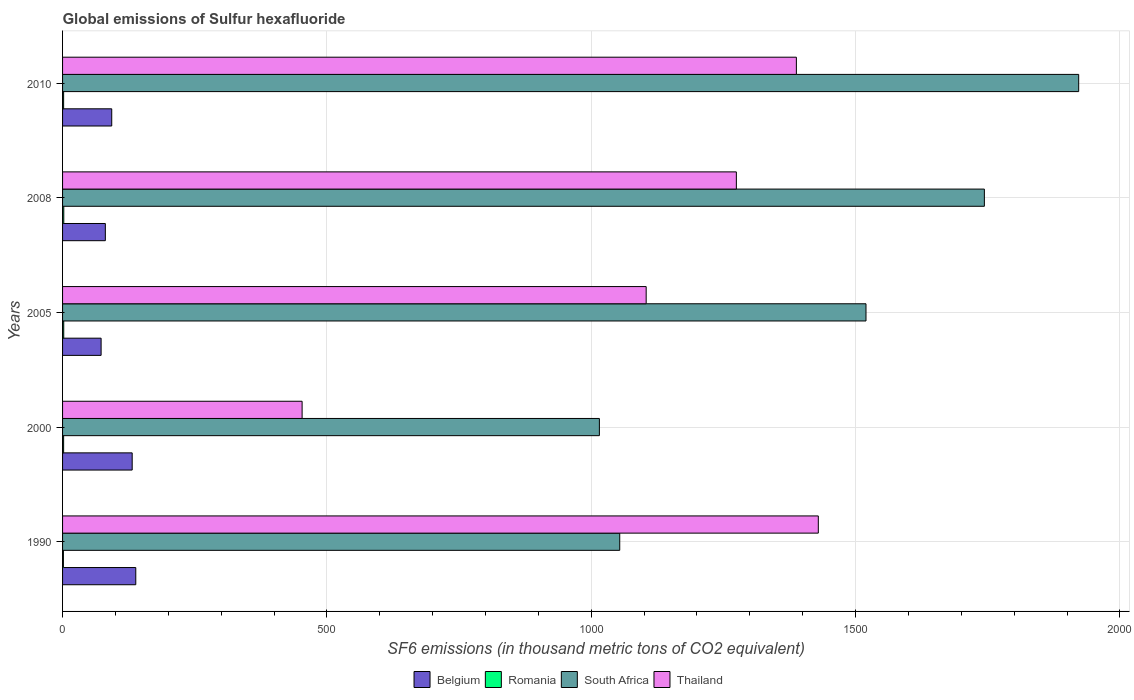
| Years | Belgium | Romania | South Africa | Thailand |
 | --- | --- | --- | --- | --- |
 | 1990 | 138 | 1.6 | 1.05e+03 | 1.43e+03 |
 | 2000 | 132 | 2 | 1.02e+03 | 453 |
 | 2005 | 72.9 | 2.2 | 1.52e+03 | 1.1e+03 |
 | 2008 | 80.9 | 2.3 | 1.74e+03 | 1.27e+03 |
 | 2010 | 93 | 2 | 1.92e+03 | 1.39e+03 |